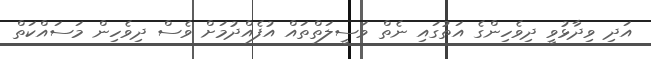
އަދި ވިދާޅުވީ ދިވެހިންގެ އަތުގައި ނެތް ވަސީލަތްތައް އުފެއްދުމަށް ވެސް ދިވެހިން މަސައްކަތް